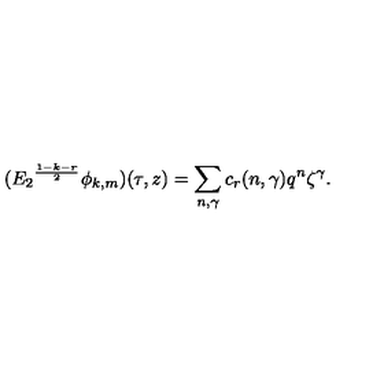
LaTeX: ( { E _ { 2 } } ^ { \frac { 1 - k - r } { 2 } } \phi _ { k , m } ) ( \tau , z ) = \sum _ { n , \gamma } c _ { r } ( n , \gamma ) q ^ { n } \zeta ^ { \gamma } .